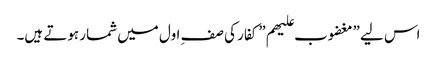
اس لیے ”مغضوب علیھم” کفار کی صفِ اول میں شمار ہوتے ہیں۔